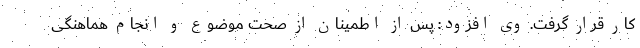
کار قرار گرفت. وی افزود: پس از اطمینان از صحت موضوع و انجام هماهنگی